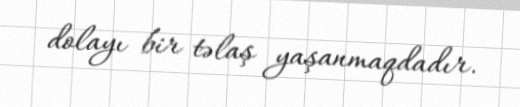
dolayı bir təlaş yaşanmaqdadır.